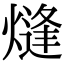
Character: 熢